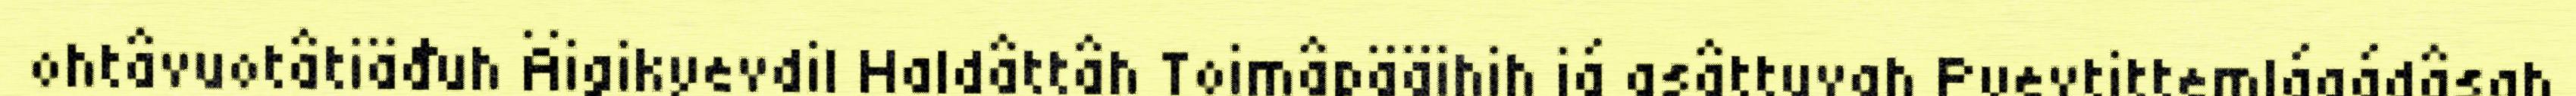
ohtâvuotâtiäđuh Äigikyevdil Haldâttâh Toimâpääihih já asâttuvah Pyevtittemlágádâsah